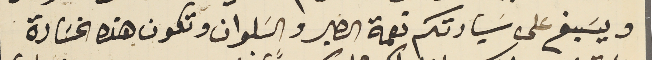
ويسَبغ على سَيادتكم نعمة الصبر والسَلوان وتكون هذه الخسَارة